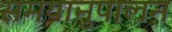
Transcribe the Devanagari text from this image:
समयानुपालन